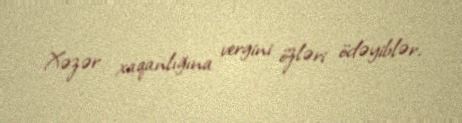
Xəzər xaqanlığına vergini özləri ödəyiblər.